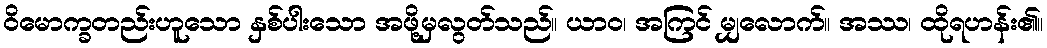
ဝိမောက္ခတည်းဟူသော နှစ်ပါးသော အဖို့မှလွတ်သည်။ ယာဝ၊ အကြင် မျှလောက်။ အဿ၊ ထိုရဟန်း၏။